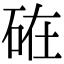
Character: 𥒒